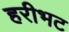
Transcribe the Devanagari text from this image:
हरीभट